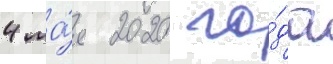
4 ма́я 2020 го́да